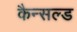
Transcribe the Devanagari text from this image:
कैन्सल्ड